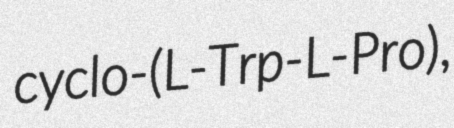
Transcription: cyclo-(L-Trp-L-Pro),